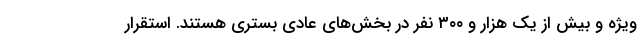
ویژه و بیش از یک هزار و ۳۰۰ نفر در بخش‌های عادی بستری هستند. استقرار